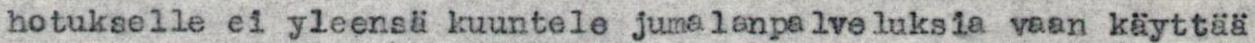
hotukselle ei yleensä kuuntele jumalanpalveluksia vaan käyttää